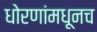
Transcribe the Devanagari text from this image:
धोरणांमधूनच